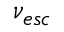
\nu _ { e s c }